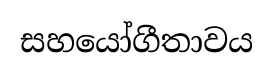
සහයෝගීතාවය